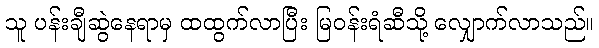
သူ ပန်းချီဆွဲနေရာမှ ထထွက်လာပြီး မြဝန်းရံဆီသို့ လျှောက်လာသည်။